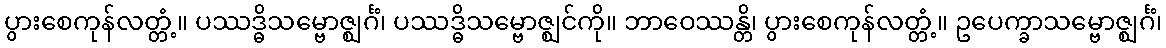
ပွားစေကုန်လတ္တံ့။ ပဿဒ္ဓိသမ္ဗောဇ္ဈင်္ဂံ၊ ပဿဒ္ဓိသမ္ဗောဇ္ဈင်ကို။ ဘာဝေဿန္တိ၊ ပွားစေကုန်လတ္တံ့။ ဥပေက္ခာသမ္ဗောဇ္ဈင်္ဂံ၊